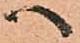
へ